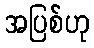
အပြစ်ဟု